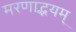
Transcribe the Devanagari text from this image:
मरणाद्भयम्